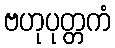
ဗဟုပုတ္တကံ